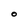
Character: O